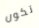
تكون